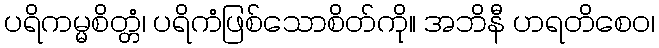
ပရိကမ္မစိတ္တံ၊ ပရိကံဖြစ်သောစိတ်ကို။ အဘိနီ ဟရတိစေဝ၊